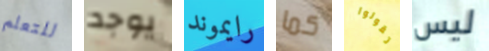
للتعلم يوجد رايموند كما تقولوا ليس